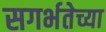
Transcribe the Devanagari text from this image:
सगर्भतेच्या